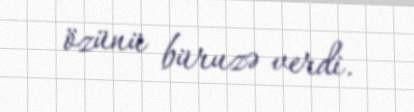
özünü büruzə verdi.